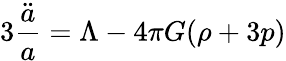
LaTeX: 3{\frac{\ddot{a}}{a}}=\Lambda-4\pi G(\rho+3p)